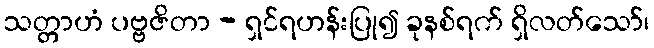
သတ္တာဟံ ပဗ္ဗဇိတာ - ရှင်ရဟန်းပြု၍ ခုနစ်ရက် ရှိလတ်သော်၊